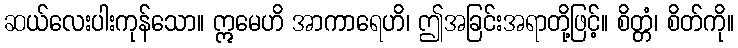
ဆယ်လေးပါးကုန်သော။ ဣမေဟိ အာကာရေဟိ၊ ဤအခြင်းအရာတို့ဖြင့်။ စိတ္တံ၊ စိတ်ကို။